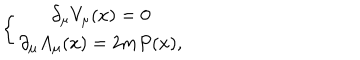
LaTeX: \left\{ \begin{array} { c } { { \partial _ { \mu } V _ { \mu } ( x ) = 0 } } \\ { { \partial _ { \mu } A _ { \mu } ( x ) = 2 m P ( x ) , } } \\ \end{array} \right.